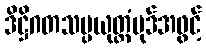
ဒိဋ္ဌိဂတသမ္ပယုတ္တံပုဒ်အဖွင့်